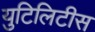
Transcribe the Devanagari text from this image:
युटिलिटीस